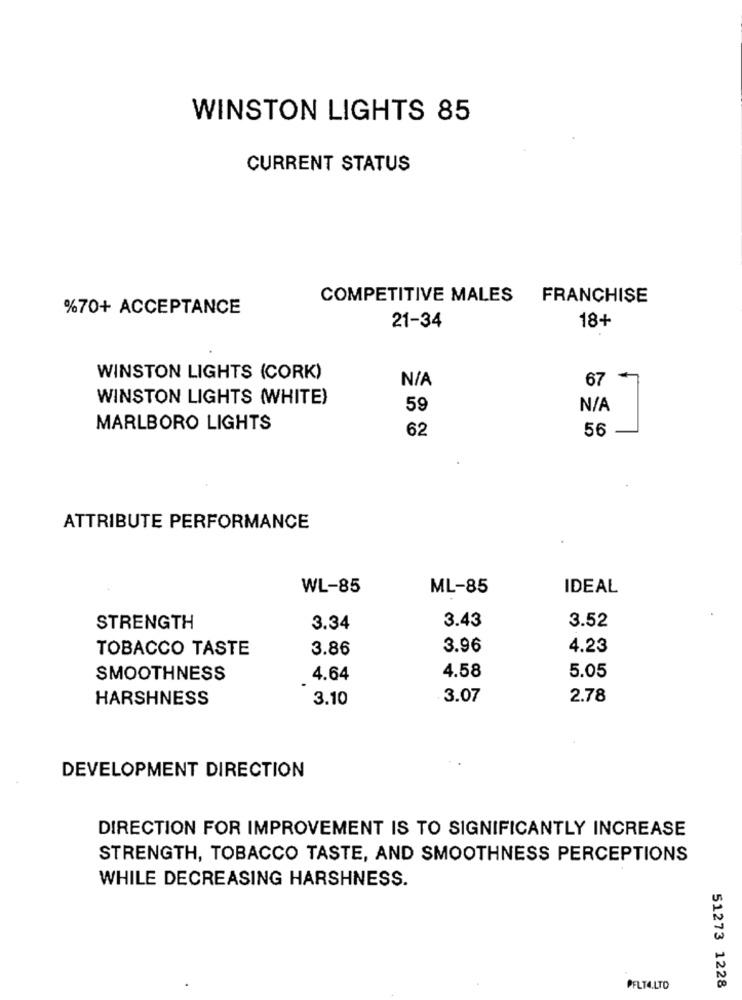
WINSTON LIGHTS 85
CURRENT STATUS
COMPETITIVE MALES
FRANCHISE
%70+ ACCEPTANCE
21-34
18+
WINSTON LIGHTS (CORK)
67 -
WINSTON LIGHTS (WHITE)
59
MARLBORO LIGHTS
62
56
ATTRIBUTE PERFORMANCE
WL-85
ML-85
IDEAL
3.43
STRENGTH
3.34
3.52
TOBACCO TASTE
3.86
3.96
4.23
SMOOTHNESS
4.64
4.58
5.05
HARSHNESS
3.10
3.07
2.78
DEVELOPMENT DIRECTION
DIRECTION FOR IMPROVEMENT IS TO SIGNIFICANTLY INCREASE
STRENGTH, TOBACCO TASTE, AND SMOOTHNESS PERCEPTIONS
WHILE DECREASING HARSHNESS.
PFLTA.LTD
51273 1228